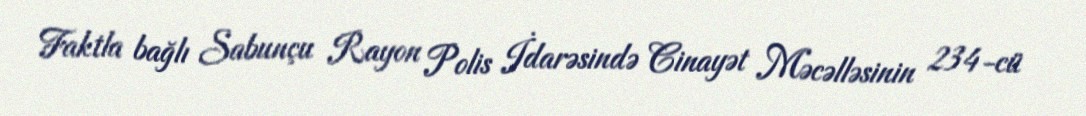
Faktla bağlı Sabunçu Rayon Polis İdarəsində Cinayət Məcəlləsinin 234-cü